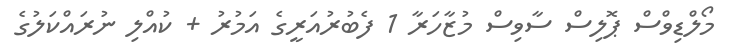
މޯލްޑިވްސް ޕޮލިސް ސާވިސް މުޒާހަރާ 1 ފެބުރުއަރީގެ އަމުރު + ކުއްލި ނުރައްކަލުގެ